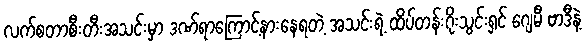
လက်စတာစီးတီးအသင်းမှာ ဒဏ်ရာကြောင့်နားနေရတဲ့ အသင်းရဲ့ ထိပ်တန်းဂိုးသွင်းရှင် ဂျေမီ ဗာဒီနဲ့